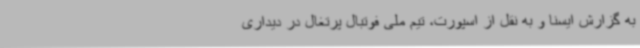
به گزارش ایسنا و به نقل از اسپورت، تیم ملی فوتبال پرتغال در دیداری